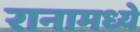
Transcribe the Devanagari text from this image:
रानामध्ये